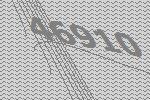
46910